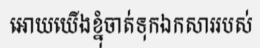
អោយយើងខ្នុំចាត់ទុកឯកសាររបស់